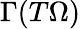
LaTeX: \Gamma(T\Omega)